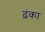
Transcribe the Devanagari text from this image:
ढ़ंका